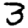
Digit: 3